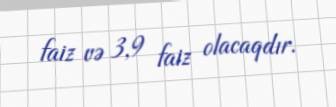
faiz və 3,9 faiz olacaqdır.